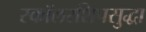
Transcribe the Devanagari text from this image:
स्कॉलरशिपसुद्धा